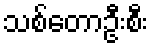
သစ်တောဦးစီး